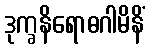
ဒုက္ခနိရောဓဂါမိနိံ